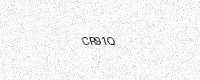
Text: CR91Q